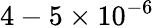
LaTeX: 4-5\times 10^{-6}